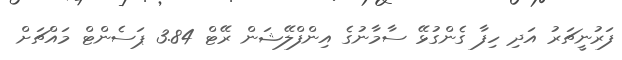
ފަރުނީޗަރު އަދި ހިފާ ގެންގުޅޭ ސާމާނުގެ އިންފްލޭޝަން ރޭޓް 3.84 ޕަސެންޓް މައްޗަށް